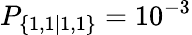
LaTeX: P_{\{ 1,1|1,1\} }=10^{-3}